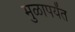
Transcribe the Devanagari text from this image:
मुळापर्यंत